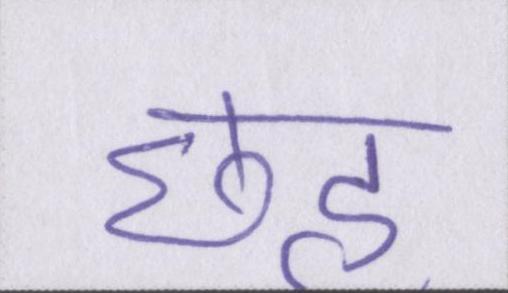
छह